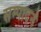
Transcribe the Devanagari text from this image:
सम्पादनें